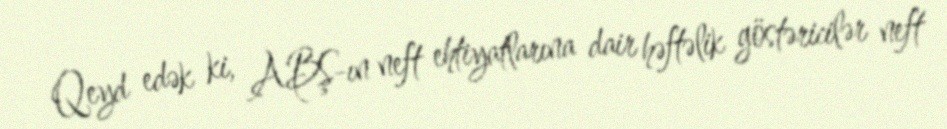
Qeyd edək ki, ABŞ-ın neft ehtiyatlarına dair həftəlik göstəricilər neft